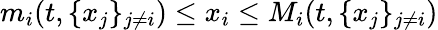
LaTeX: m_{i}(t,\{ x_{j}\} _{j\neq i})\leq x_{i}\leq M_{i}(t,\{ x_{j}\} _{j\neq i})